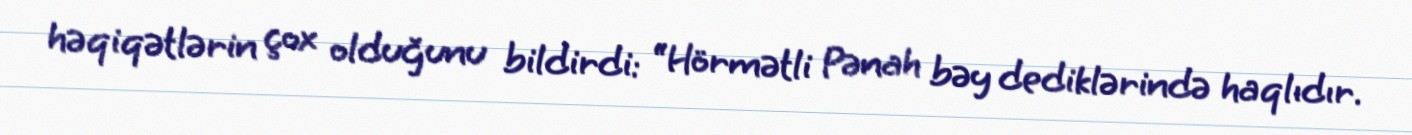
həqiqətlərin çox olduğunu bildirdi: “Hörmətli Pənah bəy dediklərində haqlıdır.